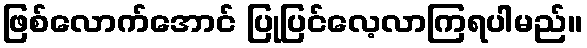
ဖြစ်လောက်အောင် ပြုပြင်လေ့လာကြရပါမည်။